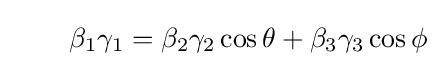
\quad \quad \beta _{1}\gamma _{1}=\beta _{2}\gamma _{2}\cos {\theta }+\beta _{3}\gamma _{3}\cos {\phi }